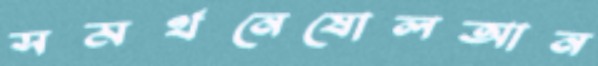
সমর্থনেষোলআন